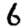
Digit: 6